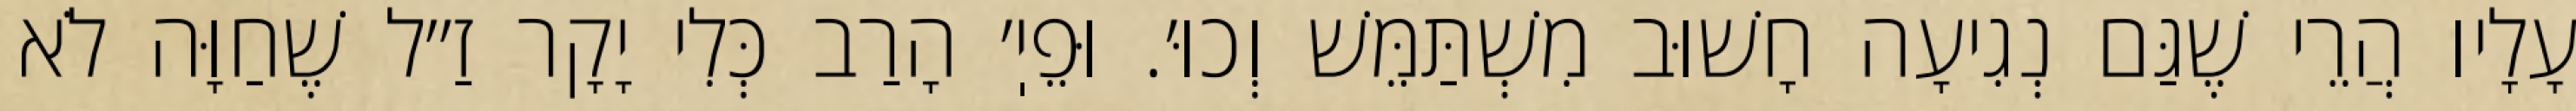
עָלָיו הֲרֵי שֶׁגַּם נְגִיעָה חָשׁוּב מִשְׁתַּמֵּשׁ וְכוּ׳. וּפֵיֽ׳ הָרַב כְּלִי יָקָר זַ״ל שֶׁחַוָּה לֹא